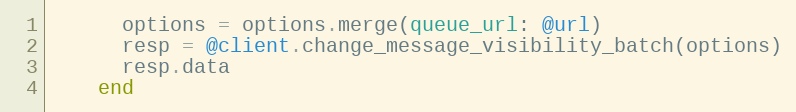
Language: Ruby
      options = options.merge(queue_url: @url)
      resp = @client.change_message_visibility_batch(options)
      resp.data
    end